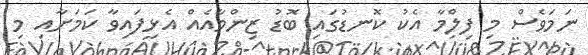
ނަމަވެސް މި ފިލްމާ އެކު ކޮނޑުގައި ބޮޑު ޒިންމާއެއް އެޅިފައިވާ ކަމަށާއި މި